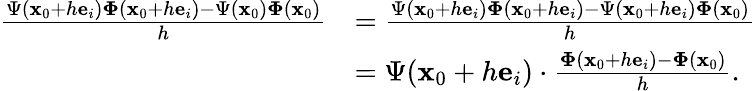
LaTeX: \begin{array}{rl}{\frac{\Psi(\mathbf x_{0}+h\mathbf e_{i})\mathbf\Phi(\mathbf x_{0}+h\mathbf e_{i})-\Psi(\mathbf x_{0})\mathbf\Phi(\mathbf x_{0})}{h}}&{=\frac{\Psi(\mathbf x_{0}+h\mathbf e_{i})\mathbf\Phi(\mathbf x_{0}+h\mathbf e_{i})-\Psi(\mathbf x_{0}+h\mathbf e_{i})\mathbf\Phi(\mathbf x_{0})}{h}}\\ &{=\Psi(\mathbf x_{0}+h\mathbf e_{i})\cdot\frac{\mathbf\Phi(\mathbf x_{0}+h\mathbf e_{i})-\mathbf\Phi(\mathbf x_{0})}{h}.}\end{array}